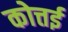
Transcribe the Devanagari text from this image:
कोत्तई